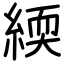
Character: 緛